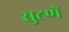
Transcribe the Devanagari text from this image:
सुटणें